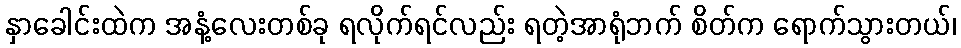
နှာခေါင်းထဲက အနံ့လေးတစ်ခု ရလိုက်ရင်လည်း ရတဲ့အာရုံဘက် စိတ်က ရောက်သွားတယ်၊